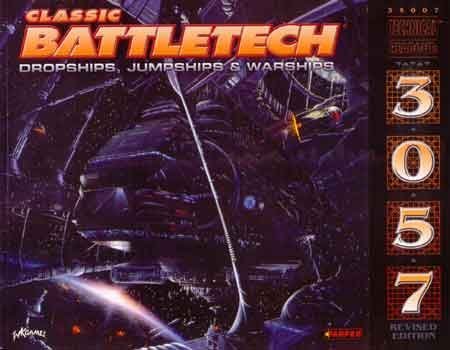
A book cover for Classic Battletech: Technical Readout 3057 (FPR35007); Fanpro; Science Fiction & Fantasy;